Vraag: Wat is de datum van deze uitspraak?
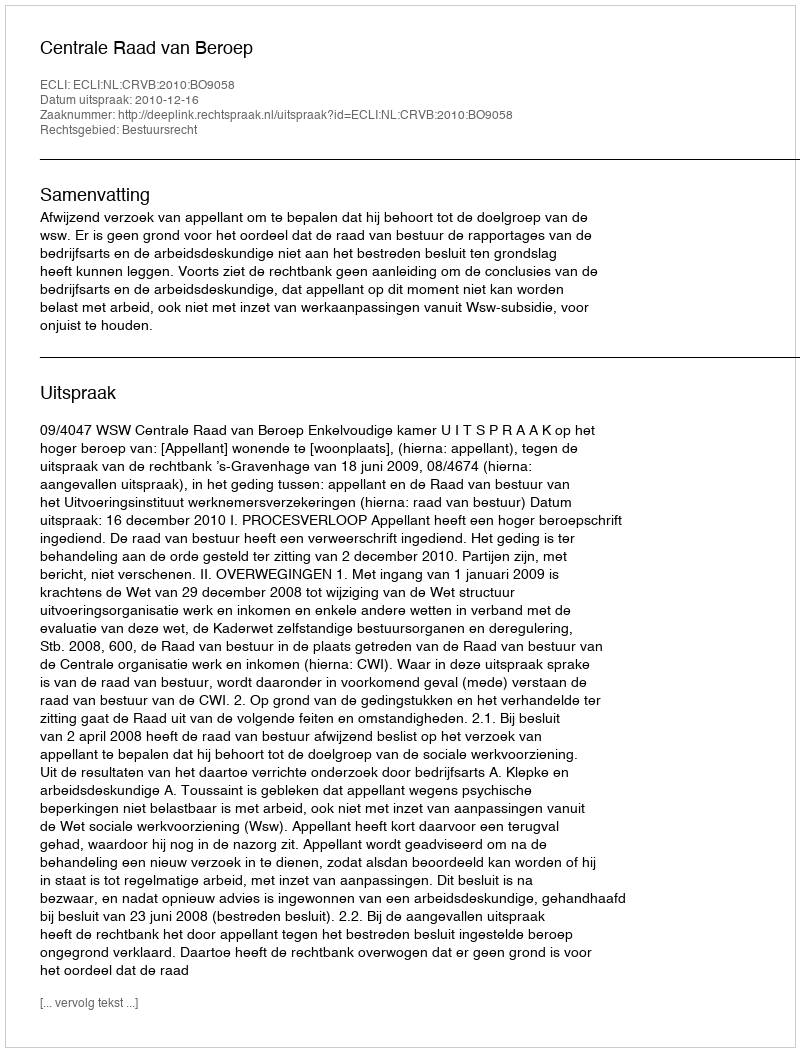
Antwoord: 2010-12-16